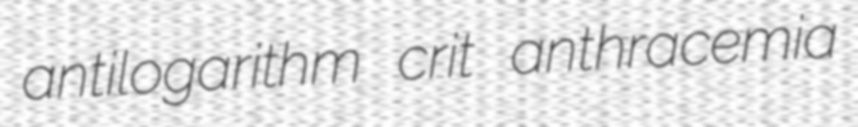
antilogarithm crit anthracemia